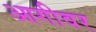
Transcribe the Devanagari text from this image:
आगीवर